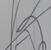
Signature authenticity: forged